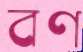
বণ